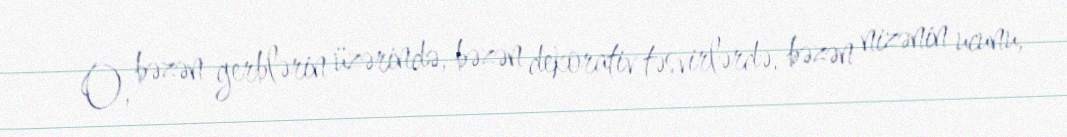
O, bəzən gerblərin üzərində, bəzən dekorativ təsvirlərdə, bəzən nizənin ucunu,